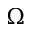
\Omega